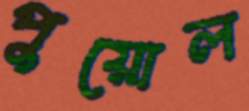
পুয়োল